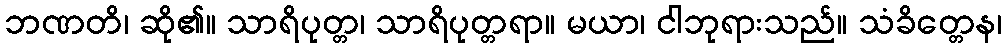
ဘဏတိ၊ ဆို၏။ သာရိပုတ္တ၊ သာရိပုတ္တရာ။ မယာ၊ ငါဘုရားသည်။ သံခိတ္တေန၊